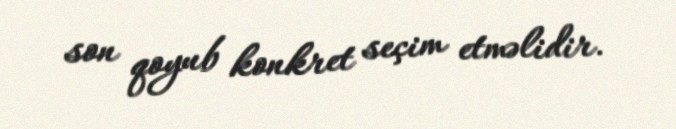
son qoyub konkret seçim etməlidir.